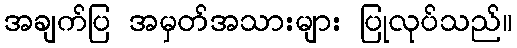
အချက်ပြ အမှတ်အသားများ ပြုလုပ်သည်။